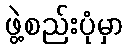
ဖွဲ့စည်းပုံမှာ